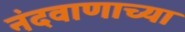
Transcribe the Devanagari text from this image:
नंदवाणाच्या